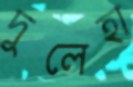
দুলেহা